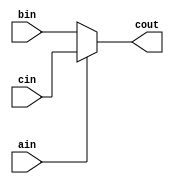
`ifndef __CGEN__
`define __CGEN__
module cgen(
ain,bin,cin,cout);

input ain,bin,cin;
output cout;

assign cout=ain?cin:bin;

endmodule
`endif